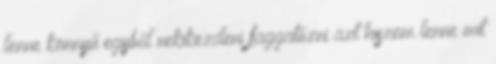
lenne könnyű egyből nekikezdeni faggatózni azt hiszem lenne mit